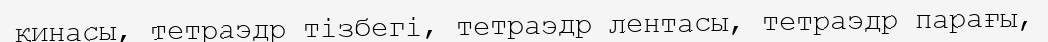
қинасы, тетраэдр тізбегі, тетраэдр лентасы, тетраэдр парағы,